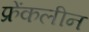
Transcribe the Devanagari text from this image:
फ्रेंकलीन